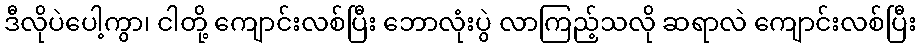
ဒီလိုပဲပေါ့ကွာ၊ ငါတို့ ကျောင်းလစ်ပြီး ဘောလုံးပွဲ လာကြည့်သလို ဆရာလဲ ကျောင်းလစ်ပြီး